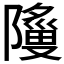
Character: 𬯞